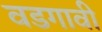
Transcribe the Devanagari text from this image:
वडगावी